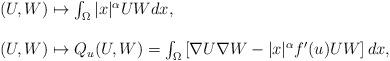
LaTeX: \begin{align*}\begin{array}{l}(U,W) \mapsto \int_{\Omega} |x|^{\alpha} U W dx, \\ \\(U,W) \mapsto Q_u(U,W) =\int_{\Omega} \left[ \nabla U \nabla W - |x|^{\alpha} f'(u) UW \right]dx,\end{array}\end{align*}